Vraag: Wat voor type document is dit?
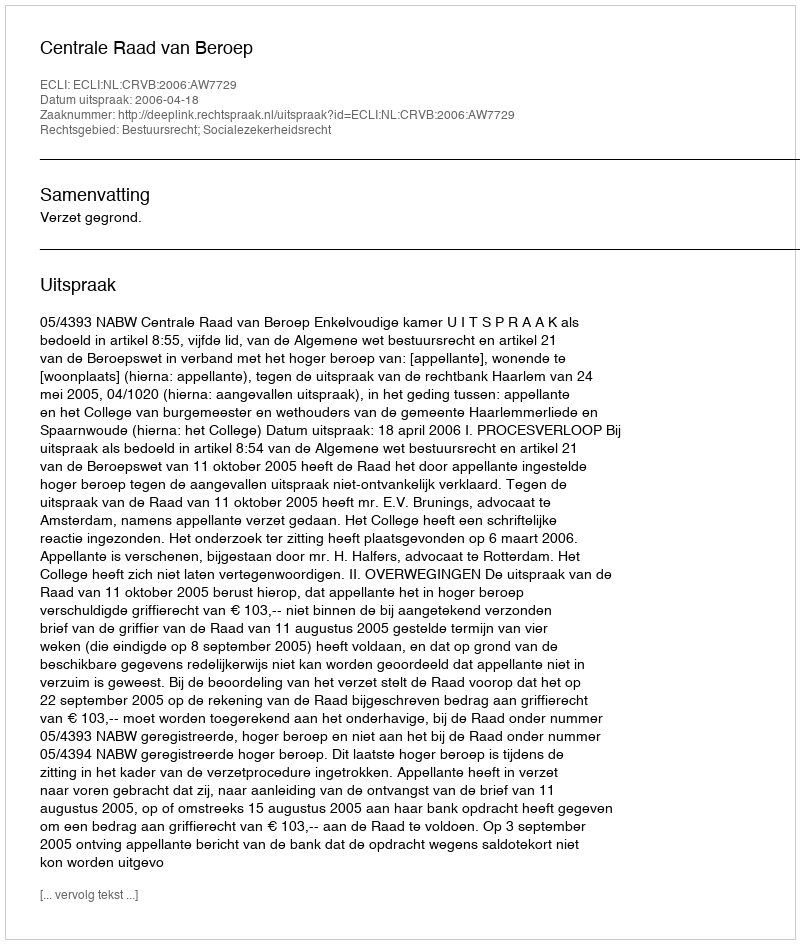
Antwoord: Uitspraak